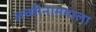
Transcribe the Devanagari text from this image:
लच्छीनाममाला